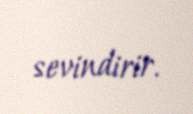
sevindirir.